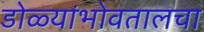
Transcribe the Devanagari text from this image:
डोळ्यांभोवतालचा